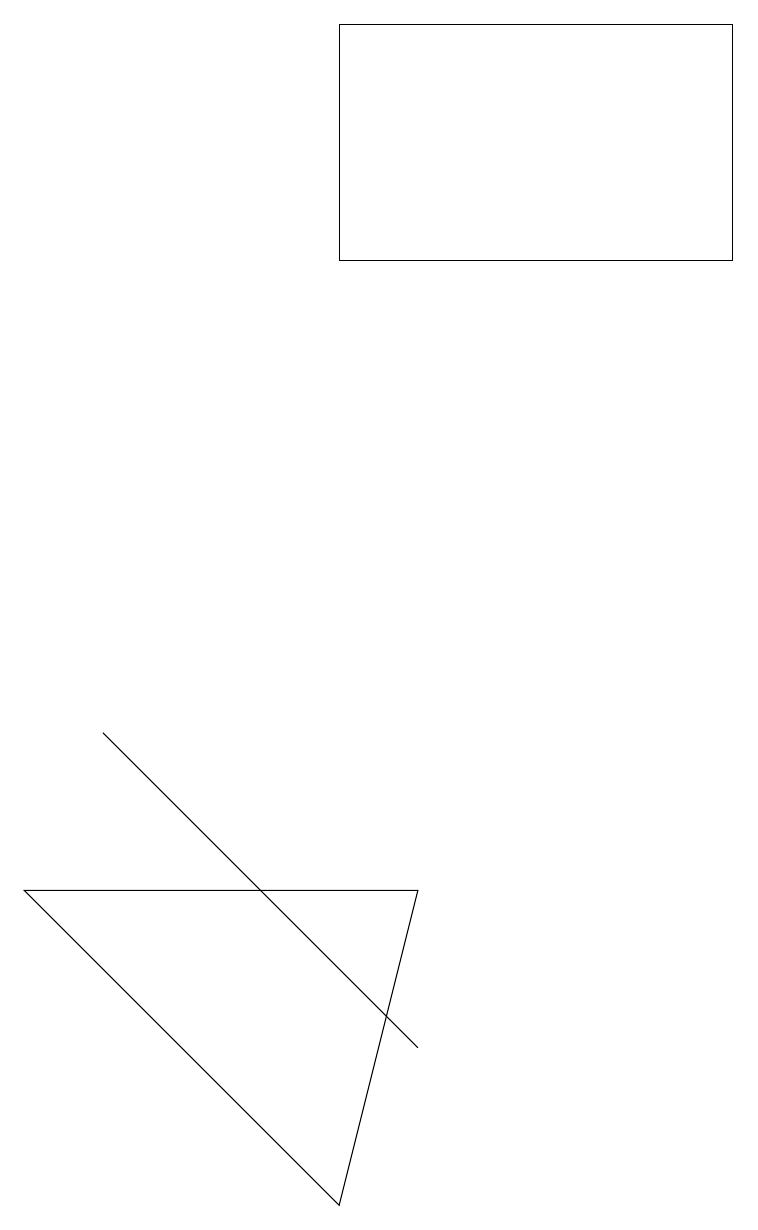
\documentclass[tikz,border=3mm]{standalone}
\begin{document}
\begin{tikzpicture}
\draw (5,5) -- (0,5) -- (4,1) -- cycle;
\draw (1,7) -- (5,3) -- (1,7) -- cycle;
\draw (9,16) rectangle (4,13);
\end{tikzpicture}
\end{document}